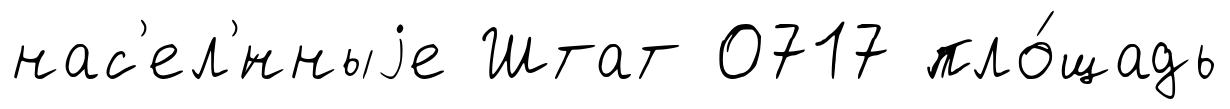
нас'ел'́нныjе Штат 0717 пло́щадь